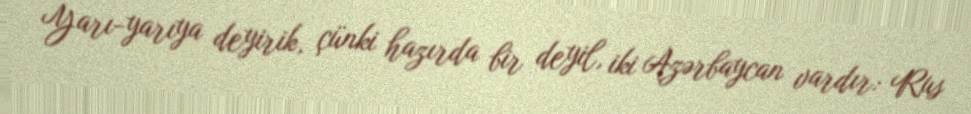
Yarı-yarıya deyirik, çünki hazırda bir deyil, iki Azərbaycan vardır: Rus